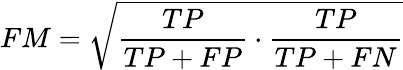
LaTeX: FM={\sqrt{{\frac{TP}{TP+FP}}\cdot{\frac{TP}{TP+FN}}}}